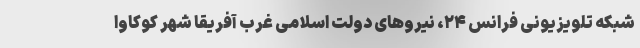
شبکه تلویزیونی فرانس ۲۴، نیرو‌های دولت اسلامی غرب آفریقا شهر کوکاوا